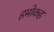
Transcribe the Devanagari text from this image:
हमोकह